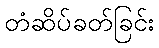
တံဆိပ်ခတ်ခြင်း